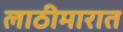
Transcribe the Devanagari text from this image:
लाठीमारात